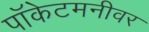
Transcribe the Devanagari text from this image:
पॉकेटमनीवर